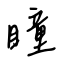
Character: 瞳